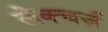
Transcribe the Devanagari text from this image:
लेक्चर्ज़